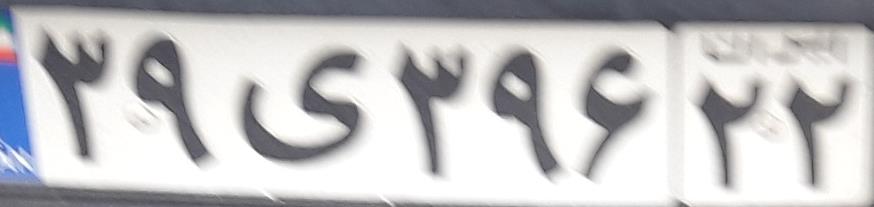
۳۹ی۳۹۶۲۲